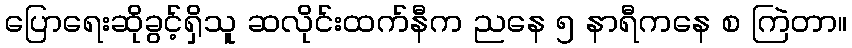
ပြောရေးဆိုခွင့်ရှိသူ ဆလိုင်းထက်နီက ညနေ ၅ နာရီကနေ စ ကြဲတာ။